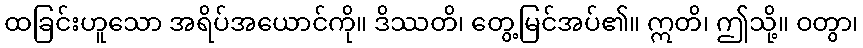
ထခြင်းဟူသော အရိပ်အယောင်ကို။ ဒိဿတိ၊ တွေ့မြင်အပ်၏။ ဣတိ၊ ဤသို့။ ဝတွာ၊